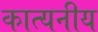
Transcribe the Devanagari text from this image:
कात्यनीय